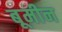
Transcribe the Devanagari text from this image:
बूमीन